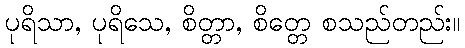
ပုရိသာ, ပုရိသေ, စိတ္တာ, စိတ္တေ စသည်တည်း။